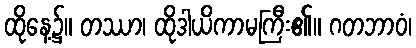
ထိုနေ့၌။ တဿာ၊ ထိုဒါယိကာမကြီး၏။ ဂတဘာဝံ၊